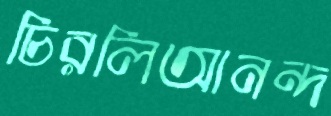
চিরলিআনন্দ